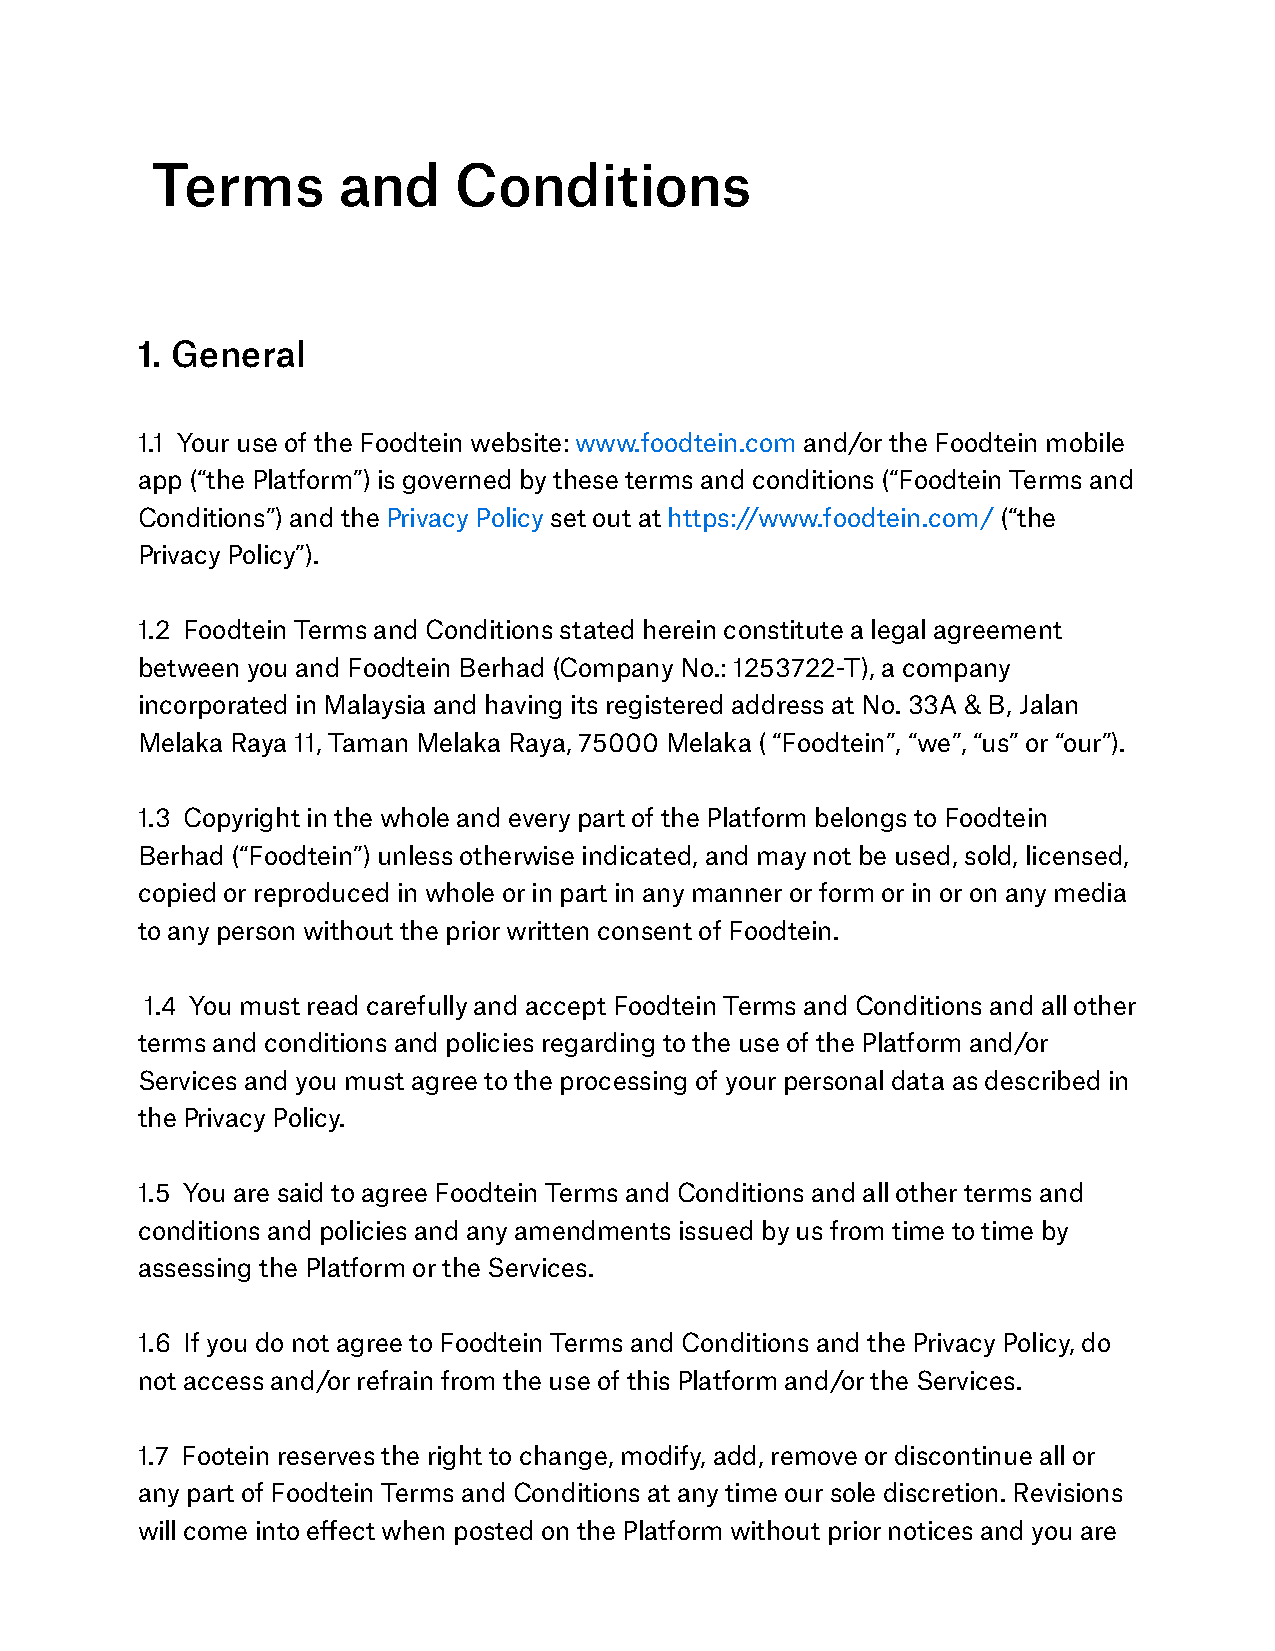
Terms       and     Conditions
 1. General
 1.1 Your use of the Foodtein website: www.foodtein.com and/or the Foodtein mobile
 app (“the Platform”) is governed by these terms and conditions (“Foodtein Terms and
 Conditions”) and the Privacy Policy set out at https://www.foodtein.com/ (“the
 Privacy Policy”).
 1.2 Foodtein Terms and Conditions stated herein constitute a legal agreement
 between you and Foodtein Berhad (Company No.: 1253722-T), a company
 incorporated in Malaysia and having its registered address at No. 33A & B, Jalan
 Melaka Raya 11, Taman Melaka Raya, 75000 Melaka ( “Foodtein”, “we”, “us” or “our”).
 1.3 Copyright in the whole and every part of the Platform belongs to Foodtein
 Berhad (“Foodtein”) unless otherwise indicated, and may not be used, sold, licensed,
 copied or reproduced in whole or in part in any manner or form or in or on any media
 to any person without the prior written consent of Foodtein.
 1.4 You must read carefully and accept Foodtein Terms and Conditions and all other
 terms and conditions and policies regarding to the use of the Platform and/or
 Services and you must agree to the processing of your personal data as described in
 the Privacy Policy.
 1.5 You are said to agree Foodtein Terms and Conditions and all other terms and
 conditions and policies and any amendments issued by us from time to time by
 assessing the Platform or the Services.
 1.6 If you do not agree to Foodtein Terms and Conditions and the Privacy Policy, do
 not access and/or refrain from the use of this Platform and/or the Services.
 1.7 Footein reserves the right to change, modify, add, remove or discontinue all or
 any part of Foodtein Terms and Conditions at any time our sole discretion. Revisions
 will come into effect when posted on the Platform without prior notices and you are